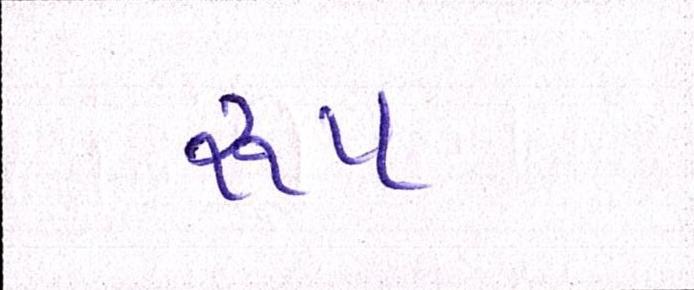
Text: રૂપ